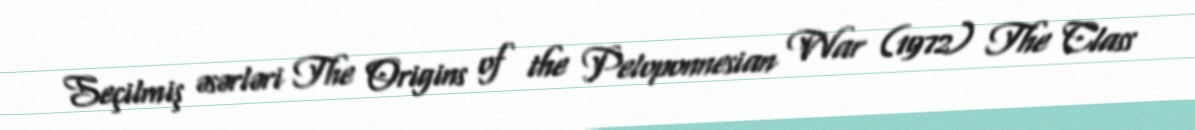
Seçilmiş əsərləri The Origins of the Peloponnesian War (1972) The Class